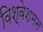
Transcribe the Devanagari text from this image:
विश्वेशमन